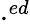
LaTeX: \cdot^{ed}